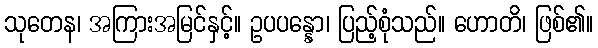
သုတေန၊ အကြားအမြင်နှင့်။ ဥပပန္နော၊ ပြည့်စုံသည်။ ဟောတိ၊ ဖြစ်၏။